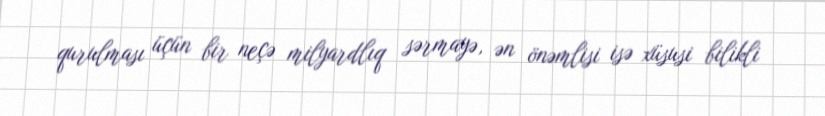
qurulması üçün bir neçə milyardlıq sərmayə, ən önəmlisi isə xüsusi bilikli